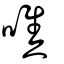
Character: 噍